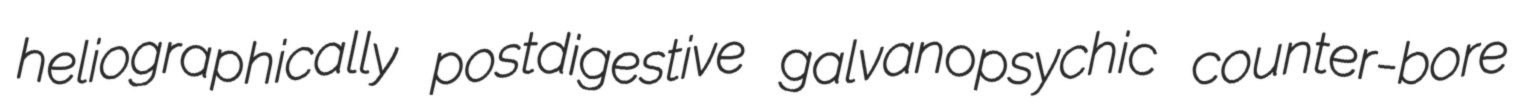
heliographically postdigestive galvanopsychic counter-bore